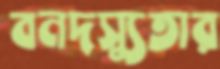
বনদস্যুতার